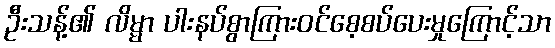
ဦးသန့်၏ လိမ္မာ ပါးနပ်စွာကြားဝင်စေ့စပ်ပေးမှုကြောင့်သာ